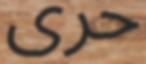
حرى